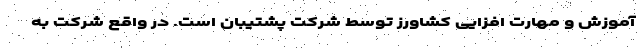
آموزش و مهارت افزایی کشاورز توسط شرکت پشتیبان است. در واقع شرکت به